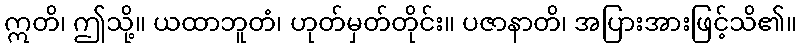
ဣတိ၊ ဤသို့။ ယထာဘူတံ၊ ဟုတ်မှတ်တိုင်း။ ပဇာနာတိ၊ အပြားအားဖြင့်သိ၏။